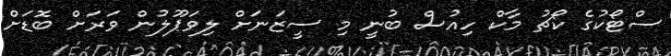
ސްޓޯކުގެ ކޯޗު މާކް ހިއުސް ބުނީ މި ސީޒަނަށް ލިވަޕޫލުން ވަރަށް ބޮޑަށް